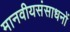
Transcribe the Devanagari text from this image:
मानवीयसंसाधनों